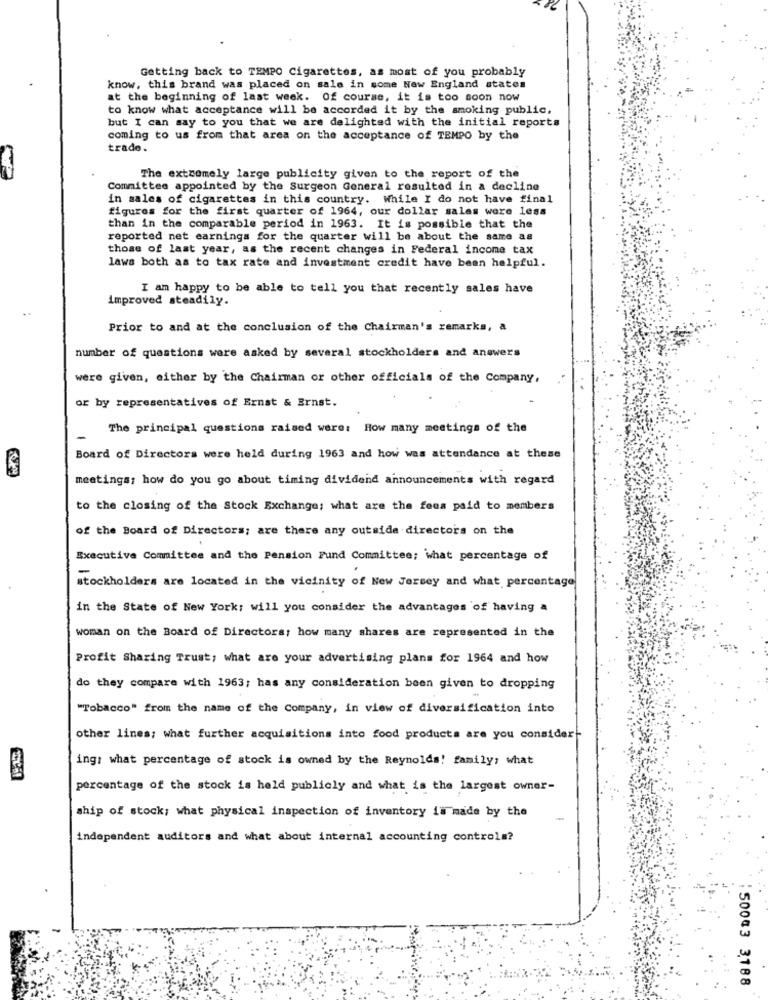
Getting back to TEMPO Cigarettes, as most of you probably
know, this brand was placed on sale in some New England states
at the beginning of last week. Of course, it is too soon now
to know what acceptance will be accorded it by the smoking public,
but I can say to you that we are delighted with the initial reports
coming to us from that area on the acceptance of TEMPO by the
trade.
The extremely large publicity given to the report of the
Committee appointed by the Surgeon General resulted in a decline
in sales of cigarettes in this country. While I do not have final
figures for the first quarter of 1964, our dollar salas were less
than in the comparable period in 1963. It is possible that the
reported net earnings for the quarter will be about the same as
those of last year, as the recent changes in Federal income tax
laws both as to tax rate and investment credit have been helpful.
I am happy to be able to tell you that recently sales have
improved steadily.
Prior to and at the conclusion of the Chairman's remarks, a
number of questions were asked by several stockholders and answers
were given, either by the Chairman or other officials of the Company,
or by representatives of Ernst & Ernst.
The principal questions raised were: How many meetings of the
Board of Directors were held during 1963 and how was attendance at these
meetings; how do you go about timing dividend announcements with regard
to the closing of the Stock Exchange; what are the fees paid to members
of the Board of Directors; are there any outside directors on the
Executive Committee and the Pension Fund Committee; what percentage of
-
stockholders are located in the vicinity of New Jersey and what percentage
in the State of New York: will you consider the advantages of having a
woman on the Board of Directors; how many shares are represented in the
Profit Sharing Trust; what are your advertising plans for 1964 and how
do they compare with 1963; has any consideration been given to dropping
"Tobacco" from the name of the Company, in view of diversification into
other lines; what further acquisitions into food products are you consider
ing: what percentage of stock is owned by the Reynolds! family, what
percentage of the stock is held publicly and what is the largest owner-
ship of stock; what physical inspection of inventory is made by the
-
independent auditors and what about internal accounting controls?
50003 3188